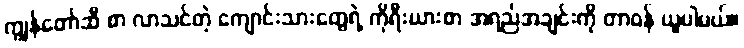
ကျွန်တော်ဆီ စာ လာသင်တဲ့ ကျောင်းသားတွေရဲ့ ကိုရီးယားစာ အရည်အချင်းကို တာဝန် ယူပါမယ်။